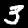
Label: 3